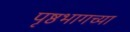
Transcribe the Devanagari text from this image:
पृष्ठभागच्या